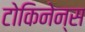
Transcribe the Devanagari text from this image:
टोकिनेन्स